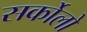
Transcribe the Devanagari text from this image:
सर्कोलो